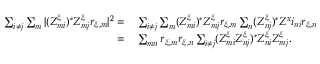
\begin{array} { r l } { \sum _ { i \neq j } \sum _ { m } | ( Z _ { m i } ^ { \xi } ) ^ { * } Z _ { m j } ^ { \xi } r _ { \xi , m } | ^ { 2 } = \, } & { \sum _ { i \neq j } \sum _ { m } ( Z _ { m i } ^ { \xi } ) ^ { * } Z _ { m j } ^ { \xi } r _ { \xi , m } \sum _ { n } ( Z _ { n j } ^ { \xi } ) ^ { * } Z ^ { x } i _ { n i } r _ { \xi , n } } \\ { = \, } & { \sum _ { m n } r _ { \xi , m } r _ { \xi , n } \sum _ { i \neq j } ( Z _ { m i } ^ { \xi } Z _ { n j } ^ { \xi } ) ^ { * } Z _ { n i } ^ { \xi } Z _ { m j } ^ { \xi } . } \end{array}